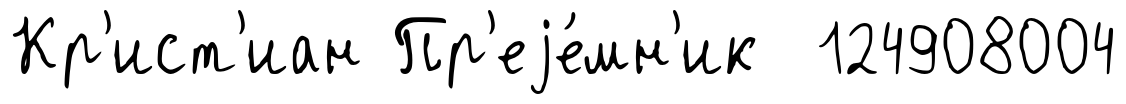
Кр'ист'иан Пр'еjе́мн'ик 124908004